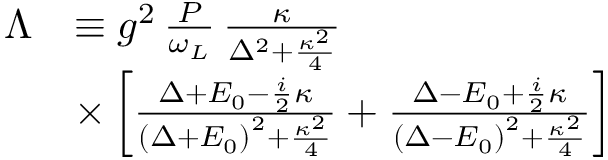
\begin{array} { r l } { \Lambda } & { \equiv g ^ { 2 } \, \frac { P } { \omega _ { L } } \, \frac { \kappa } { \Delta ^ { 2 } + \frac { \kappa ^ { 2 } } { 4 } } } \\ & { \times \left[ \frac { \Delta + E _ { 0 } - \frac { i } { 2 } \kappa } { \left( \Delta + E _ { 0 } \right) ^ { 2 } + \frac { \kappa ^ { 2 } } { 4 } } + \frac { \Delta - E _ { 0 } + \frac { i } { 2 } \kappa } { \left( \Delta - E _ { 0 } \right) ^ { 2 } + \frac { \kappa ^ { 2 } } { 4 } } \right] } \end{array}